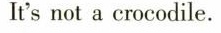
It's not a crocodile.